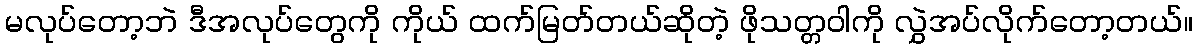
မလုပ်တော့ဘဲ ဒီအလုပ်တွေကို ကိုယ် ထက်မြတ်တယ်ဆိုတဲ့ ဖိုသတ္တဝါကို လွှဲအပ်လိုက်တော့တယ်။